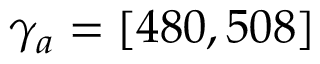
\gamma _ { a } = [ 4 8 0 , 5 0 8 ]